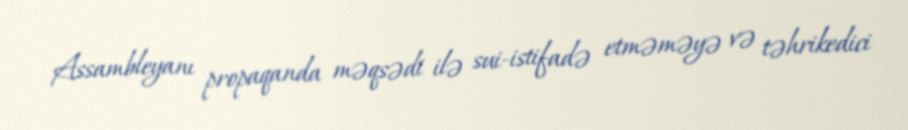
Assambleyanı propaqanda məqsədi ilə sui-istifadə etməməyə və təhrikedici